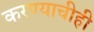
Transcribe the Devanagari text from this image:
करण्‍याचीही